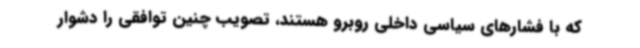
که با فشارهای سیاسی داخلی روبرو هستند، تصویب چنین توافقی را دشوار